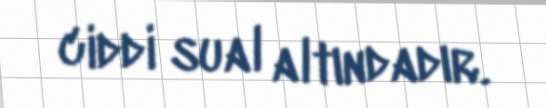
ciddi sual altındadır.